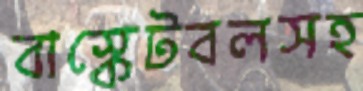
বাস্কেটবলসহ